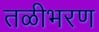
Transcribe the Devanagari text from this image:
तळीभरण